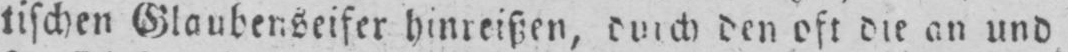
tischen Glaubenseifer hinreißen, durch den oft die an und